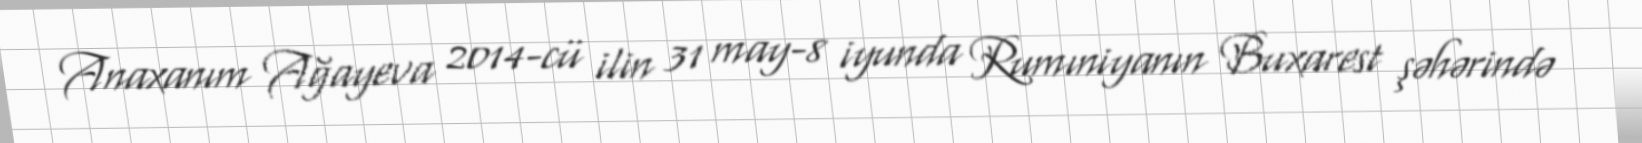
Anaxanım Ağayeva 2014-cü ilin 31 may-8 iyunda Rumıniyanın Buxarest şəhərində